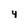
Character: 4